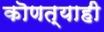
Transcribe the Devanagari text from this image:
कॊणत्याही